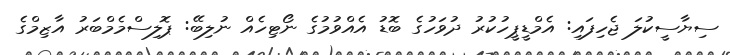
ސިޔާސީކުލަ ޖެހިފައި: އެމްޑީޕީހުކުރު ދުވަހުގެ ބޮޑު އެއްވުމުގެ ނޯޓިހެއް ނުލިބޭ: ޕޮލިސްމެމްބަރު އާޒިމްގެ